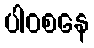
ပါဝစနေ